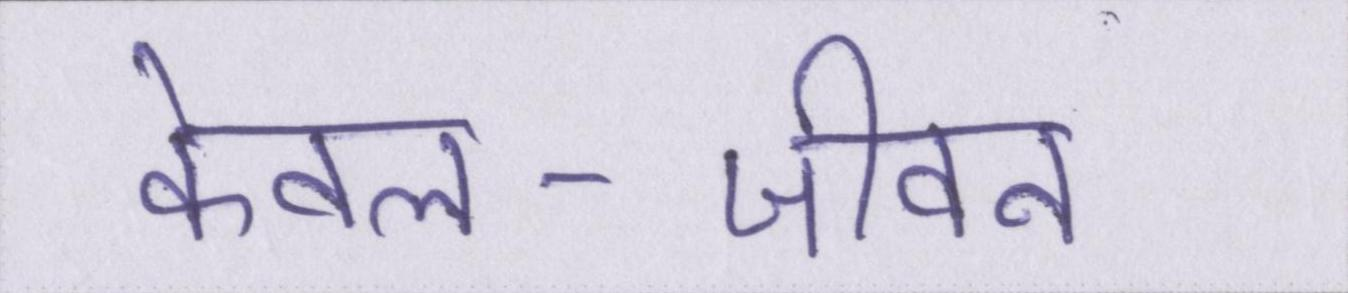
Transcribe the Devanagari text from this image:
केवल--जीवन